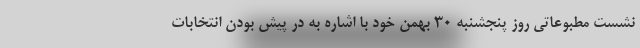
نشست مطبوعاتی روز پنجشنبه ۳۰ بهمن خود با اشاره به در پیش بودن انتخابات